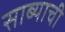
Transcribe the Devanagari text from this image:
साब्याची